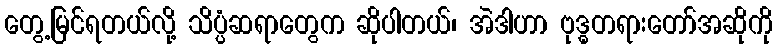
တွေ့မြင်ရတယ်လို့ သိပ္ပံဆရာတွေက ဆိုပါတယ်၊ အဲဒါဟာ ဗုဒ္ဓတရားတော်အဆိုကို